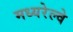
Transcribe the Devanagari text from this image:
मध्यरेल्वे